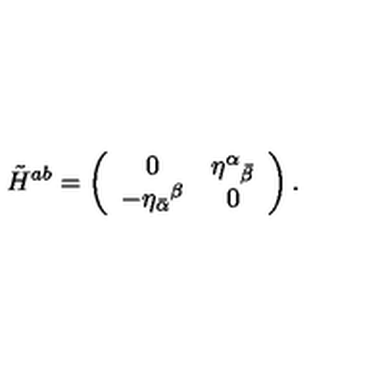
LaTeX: \tilde { H } ^ { a b } = \left( \begin{array} { c c } { 0 } & { { \eta ^ { \alpha } } _ { \bar { \beta } } } \\ { - { \eta _ { \bar { \alpha } } } ^ { \beta } } & { 0 } \\ \end{array} \right) .